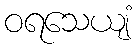
ဝရသေယျံ